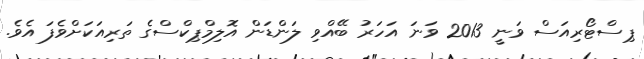
ޕިސްޓޯރިއަސް ވަނީ 2013 ވަނަ އަހަރު ބޭއްވި ލަންޑަން އޮލިމްޕިކްސްގެ ތަރިއަކަށްވެފަ އެވެ.